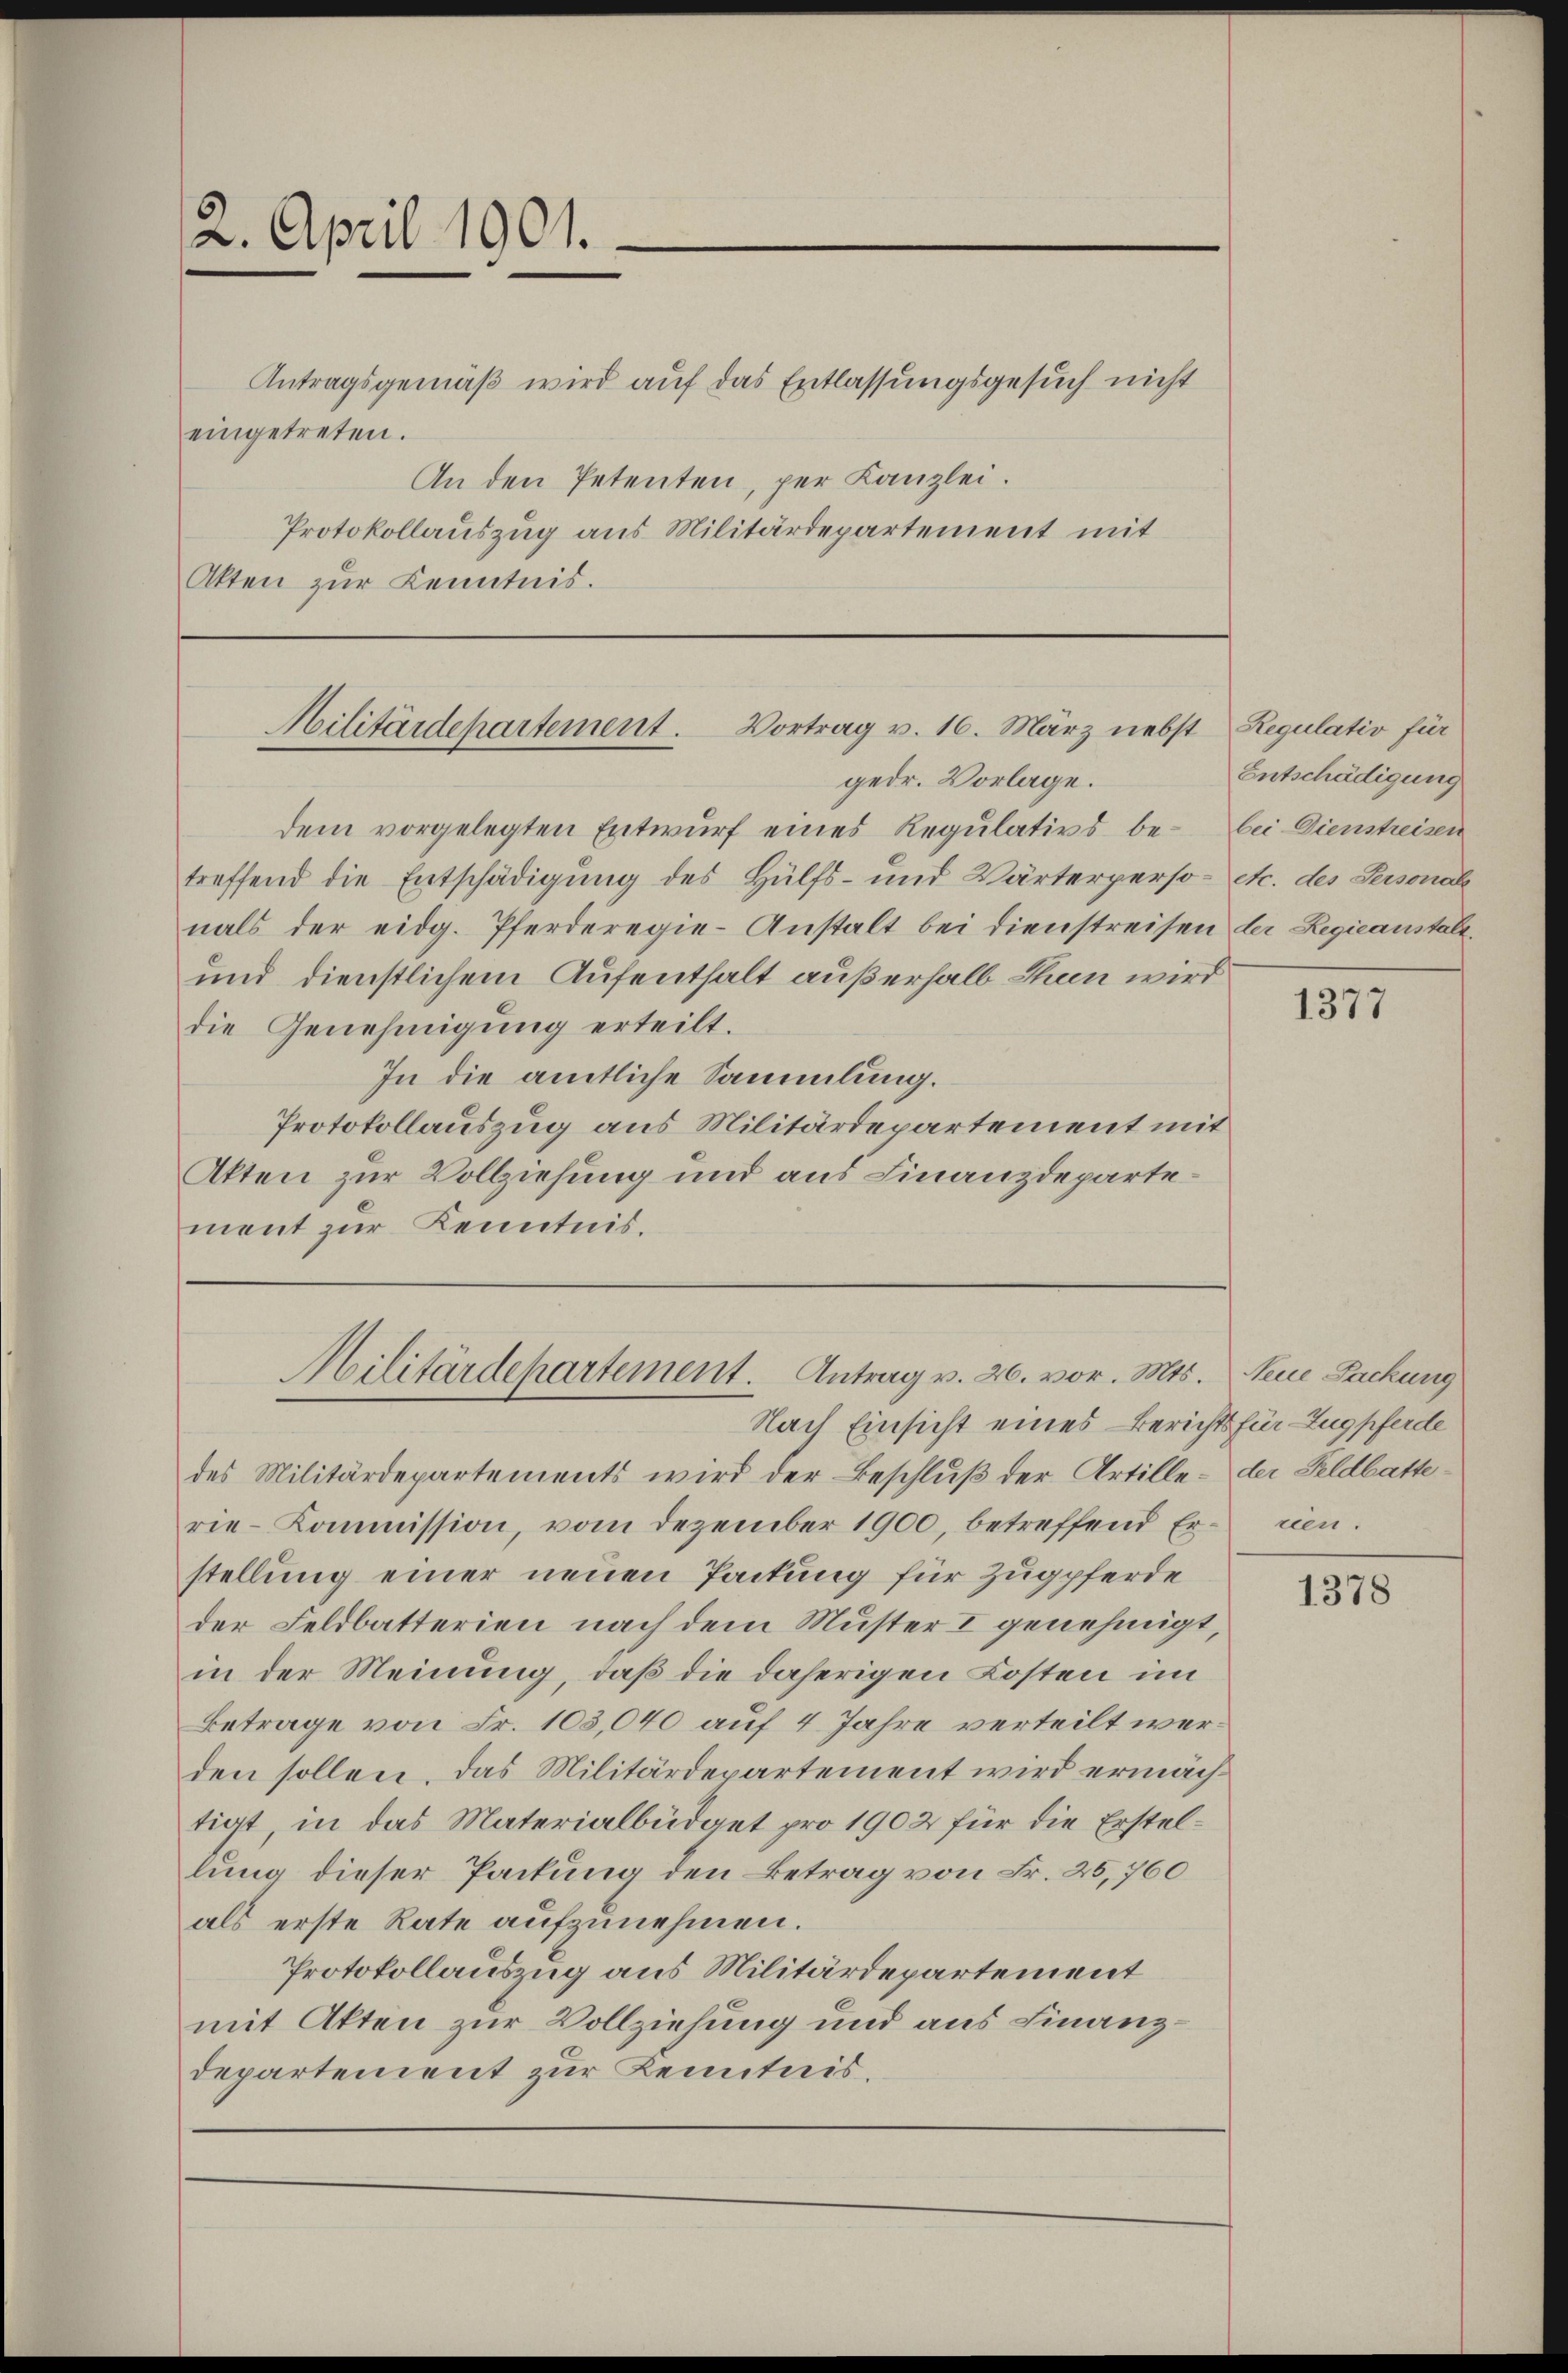
2. April 1901.

Antragsgemäß wird auf das Entlassungsgesuch nicht
eingetreten.
An den Petenten, per Kanzlei.
Protokollauszug aus Militärdepartement mit
Akten zur Kenntnis.

dem vorgelegten Entwurf eines Regulativs be- bei Dienstreisen
treffend die Entschädigung des Hülfs- und Wärterperso- etc. des Personale
nals der eidg. Pferderegie-Anstalt bei dienstreisen der Regieanstalt.
und dienstlichem Aufenthalt außerhalb thun wird
die Genehmigung erteilt.
In die amtliche Sammlung.
Protokollauszug aus Militärdepartement mit
Akten zur Vollziehung und aus Finanzdepartement zur Kenntnis.

Militärdepartement. Vortrag v. 16. März nebst
gedr. Vorlage.

Militärdepartement. Antrag v. 26. vor. Mts.

Regulativ für
Entschädigung

Nach Einsicht eines Berichts für Zugpferde
des Militärdepartements wird der Beschluß der Artille - der Geldbatterie-Kommission, vom Dezember 1900, betreffend Ernen.
stellung einer neuen Packung für Zugpferde
der Feldbatterien nach dem Muster I genehmigt,
in der Meinung, daß die daherigen Kosten im
Betrage von Fr. 103,040 auf 4. Jahre verteilt werden sollen. Das Militärdepartement wird ermächtigt, in das Materialbüdget pro 1902 für die Erstellung dieser Packung den Betrag von Fr. 25,760
als erste Rate aufzunehmen.
Protokollauszug aus Militärdepartement
mit Akten zur Vollziehung und aus Finanzdepartement zur Kenntnis.

1377

Neue Sackung

1378